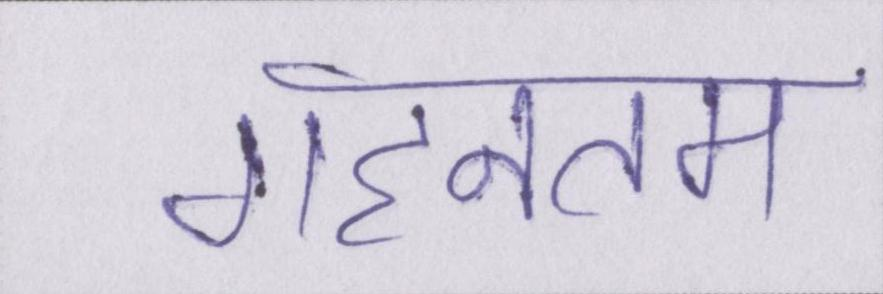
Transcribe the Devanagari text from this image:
गहनतम